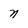
Character: n